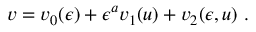
v = v _ { 0 } ( \epsilon ) + \epsilon ^ { a } v _ { 1 } ( u ) + v _ { 2 } ( \epsilon , u ) \ .